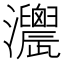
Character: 𤅌